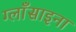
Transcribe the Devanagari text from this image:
ग्लाँसाइना